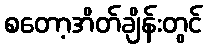
စတော့အိတ်ချိန်းတွင်